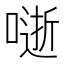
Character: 𭊅